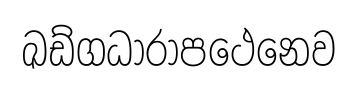
ඛඩ්ගධාරාපථෙනෙව